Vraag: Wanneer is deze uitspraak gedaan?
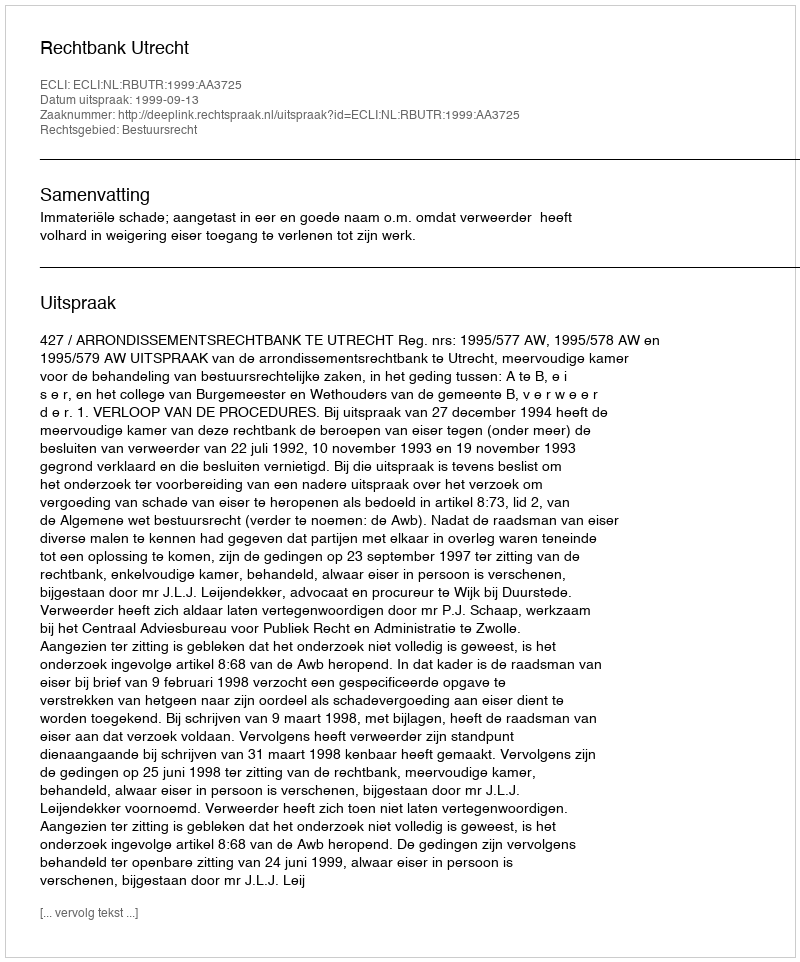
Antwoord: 1999-09-13